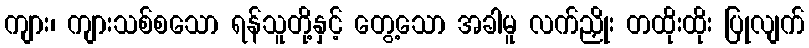
ကျား၊ ကျားသစ်စသော ရန်သူတို့နှင့် တွေ့သော အခါမူ လက်ညှိုး တထိုးထိုး ပြုလျက်